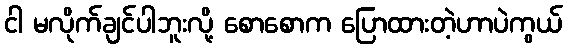
ငါ မလိုက်ချင်ပါဘူးလို့ စောစောက ပြောထားတဲ့ဟာပဲကွယ်